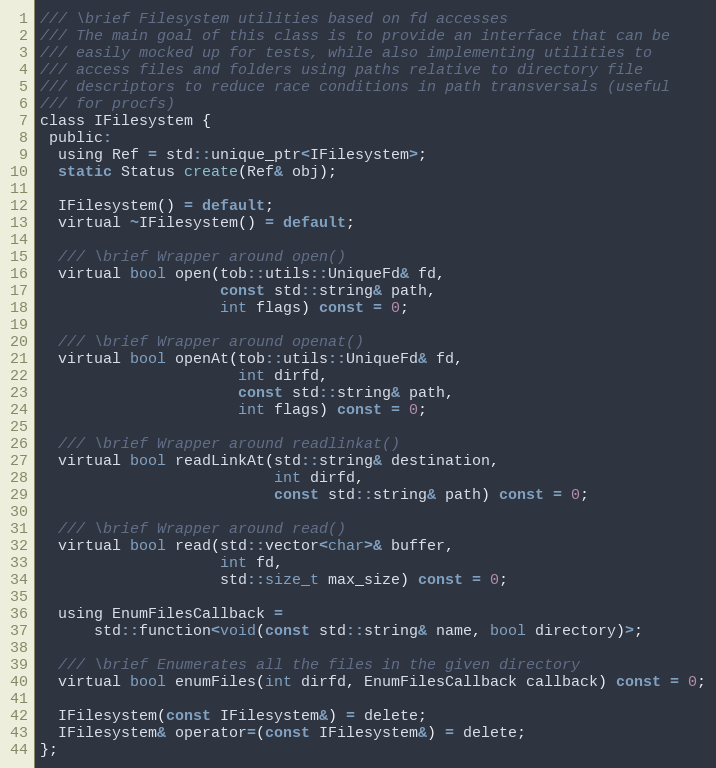
Language: C
/// \brief Filesystem utilities based on fd accesses
/// The main goal of this class is to provide an interface that can be
/// easily mocked up for tests, while also implementing utilities to
/// access files and folders using paths relative to directory file
/// descriptors to reduce race conditions in path transversals (useful
/// for procfs)
class IFilesystem {
 public:
  using Ref = std::unique_ptr<IFilesystem>;
  static Status create(Ref& obj);

  IFilesystem() = default;
  virtual ~IFilesystem() = default;

  /// \brief Wrapper around open()
  virtual bool open(tob::utils::UniqueFd& fd,
                    const std::string& path,
                    int flags) const = 0;

  /// \brief Wrapper around openat()
  virtual bool openAt(tob::utils::UniqueFd& fd,
                      int dirfd,
                      const std::string& path,
                      int flags) const = 0;

  /// \brief Wrapper around readlinkat()
  virtual bool readLinkAt(std::string& destination,
                          int dirfd,
                          const std::string& path) const = 0;

  /// \brief Wrapper around read()
  virtual bool read(std::vector<char>& buffer,
                    int fd,
                    std::size_t max_size) const = 0;

  using EnumFilesCallback =
      std::function<void(const std::string& name, bool directory)>;

  /// \brief Enumerates all the files in the given directory
  virtual bool enumFiles(int dirfd, EnumFilesCallback callback) const = 0;

  IFilesystem(const IFilesystem&) = delete;
  IFilesystem& operator=(const IFilesystem&) = delete;
};